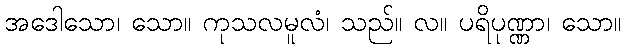
အဒေါသော၊ သော။ ကုသလမူလံ၊ သည်။ လ။ ပရိပုဏ္ဏာ၊ သော။